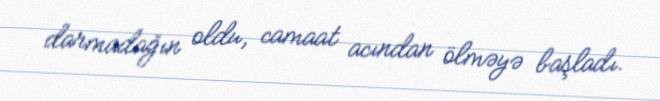
darmadağın oldu, camaat acından ölməyə başladı.